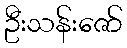
ဦးသန်းဇော်